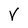
Character: V